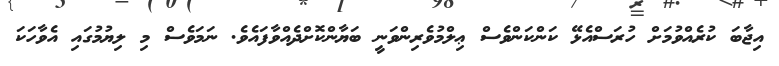
އިޖާބަ ކުރެއްވުމަށް ހުރަސްއެޅޭ ކަންކަންވެސް ޢިލްމުވެރިންވަނީ ބަޔާންކޮށްދެއްވާފައެވެ. ނަމަވެސް މި ލިޔުމުގައި އެވާހަކަ